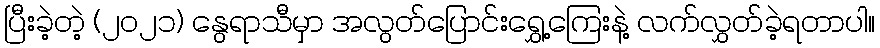
ပြီးခဲ့တဲ့ (၂၀၂၁) နွေရာသီမှာ အလွတ်ပြောင်းရွှေ့ကြေးနဲ့ လက်လွှတ်ခဲ့ရတာပါ။